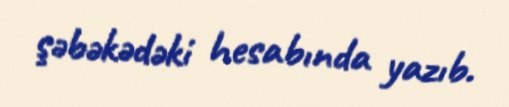
şəbəkədəki hesabında yazıb.